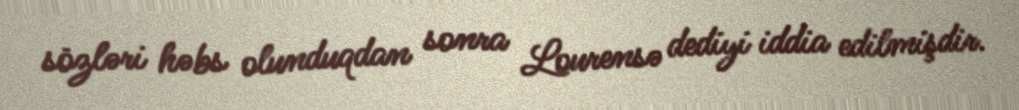
sözləri həbs olunduqdan sonra Lourensə dediyi iddia edilmişdir.